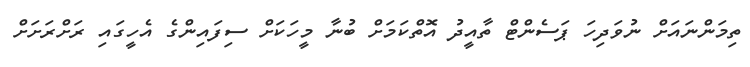
ތިމަންނައަށް ނުވަދިހަ ޕަސެންޓް ތާއީދު އޮތްކަމަށް ބުނާ މީހަކަށް ސިފައިންގެ އެހީގައި ރަށްރަށަށް